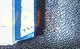
تالون